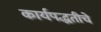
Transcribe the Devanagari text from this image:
कार्यपद्धतीचे